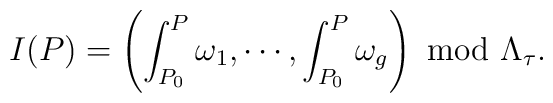
I(P)=\left(\int_{P_0}^P\omega_1,\cdots,\int_{P_0}^P\omega_g\right)\ {\rm mod}\ \Lambda_\tau.